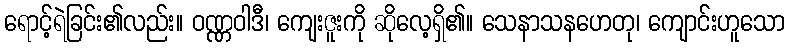
ရောင့်ရဲခြင်း၏လည်း။ ဝဏ္ဏဝါဒီ၊ ကျေးဇူးကို ဆိုလေ့ရှိ၏။ သေနာသနဟေတု၊ ကျောင်းဟူသော